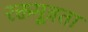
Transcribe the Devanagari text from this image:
रक्तमूत्रता